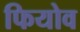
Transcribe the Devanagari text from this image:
फियोव